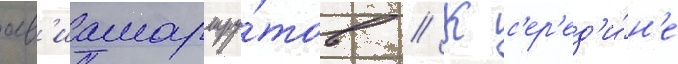
ав'иамаршру́тов // К с'ер'ед'и́н'е